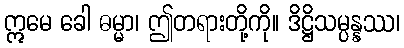
ဣမေ ခေါ ဓမ္မာ၊ ဤတရားတို့ကို။ ဒိဋ္ဌိသမ္ပန္နဿ၊